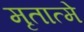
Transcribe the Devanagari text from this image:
मृतात्मे